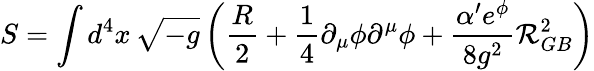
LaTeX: S=\int d^{4}x\, \sqrt{-g}\left(\frac{R}{2}+\frac{1}{4}\partial_{\mu}\phi\partial^{\mu}\phi+\frac{\alpha^{\prime}e^{\phi}}{8g^{2}}{\cal R}_{GB}^{2}\right)